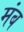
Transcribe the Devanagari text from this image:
मंब